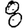
Digit: 8